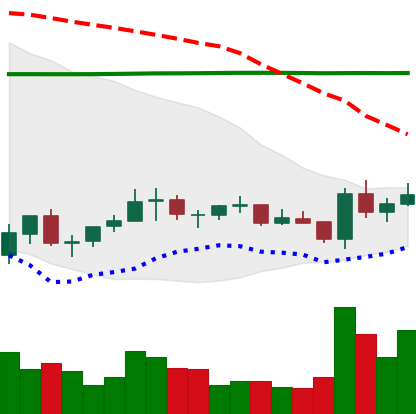
Ticker: EOS-USD
Chart end date: 2021-07-12
Forward return: -12.891%
Label: down_7plus